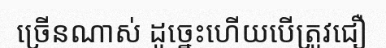
ច្រើនណាស់ ដូច្នេះហើយបើត្រូវជឿ